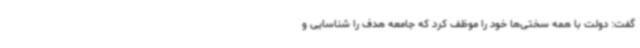
گفت: دولت با همه سختی‌ها خود را موظف کرد که جامعه هدف را شناسایی و